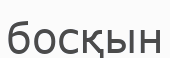
босқын